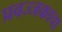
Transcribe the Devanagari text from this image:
प्रवज्जकाचा